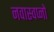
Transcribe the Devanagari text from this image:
नवास्वप्नो